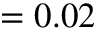
= 0 . 0 2